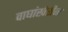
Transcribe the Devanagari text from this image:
वाघांखेरीज